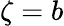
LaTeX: \zeta=b